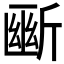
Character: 𣂱